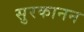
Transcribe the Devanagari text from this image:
सुरकानन